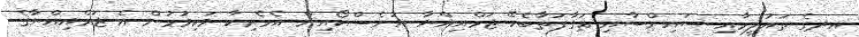
އދގެ ތައުލީމާއި ސައިންސާއި ޘަގާފަތާބެހޭ ޖަމްއިއްޔާ ޔުނެސްކޯއިން އެމެރިކާ ވަކިވުމުން އެ ޖަމްއިއްޔާގެ